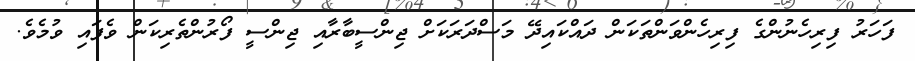
ފަހަރު ފިރިހެނުންގެ ފިރިހެންވަންތަކަން ދައްކައިދޭ މަސްދަރަކަށް ޖިންސީބާރާއި ޖިންސީ ފޯރުންތެރިކަން ވެފައި ވުމެވެ.